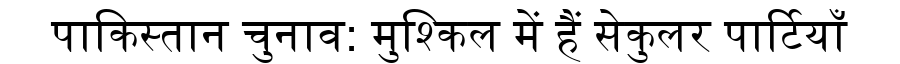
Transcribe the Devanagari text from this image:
पाकिस्तान चुनाव: मुश्किल में हैं सेकुलर पार्टियाँ